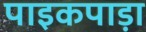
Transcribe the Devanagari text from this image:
पाइकपाड़ा